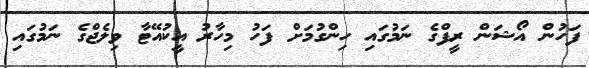
ފަހުން އޯޝަން ރީފްގެ ނަމުގައި ހިންގުމަށް ފަހު މިހާރު އީކުއޭޓާ ވިލެޖްގެ ނަމުގައި